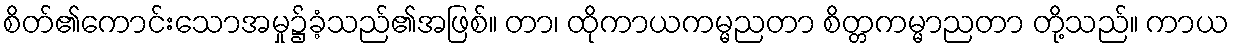
စိတ်၏ကောင်းသောအမှု၌ခံ့သည်၏အဖြစ်။ တာ၊ ထိုကာယကမ္မညတာ စိတ္တကမ္မာညတာ တို့သည်။ ကာယ